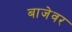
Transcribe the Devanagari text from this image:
बाजेवर